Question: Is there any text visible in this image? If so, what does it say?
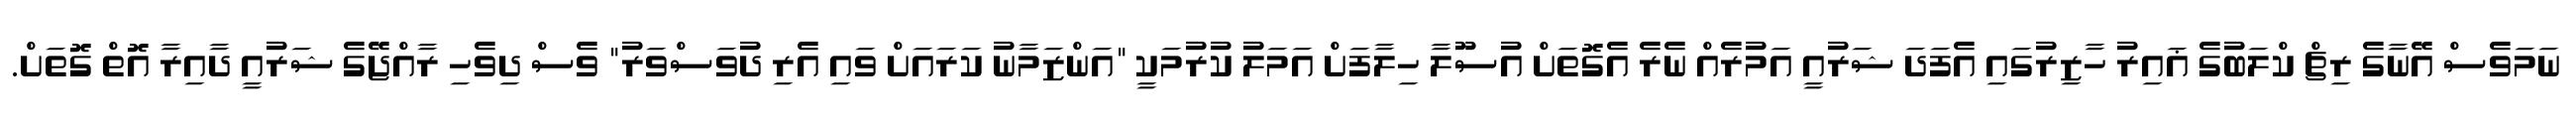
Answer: ނަމަވެސް އޭނާގެ ރިޗް ކްލަބުގެ ޣައިރު ހާޒިރުގައި އެފަދަ ޝަރުއީ އަމުރެއް ނެރެ އެގޮތަށް އުސޫލާ ހިލާފަށް އަމަލު ކުރުމަކީ "އަންޒަމާނު ކަރައަށް ވައި އެރި ދުވަސްވަރު" ވެސް ދިވެހި ރާއްޖޭގެ ޝަރުއީ ދާއިރާ އޮތް ގޮތަށް.